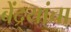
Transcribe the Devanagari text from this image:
बेंद्र्यांचा